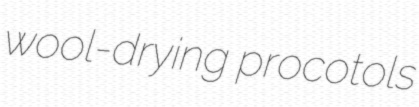
wool-drying procotols